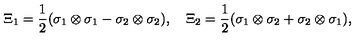
\Xi _ { 1 } = \frac { 1 } { 2 } ( \sigma _ { 1 } \otimes \sigma _ { 1 } - \sigma _ { 2 } \otimes \sigma _ { 2 } ) , \quad \Xi _ { 2 } = \frac { 1 } { 2 } ( \sigma _ { 1 } \otimes \sigma _ { 2 } + \sigma _ { 2 } \otimes \sigma _ { 1 } ) ,